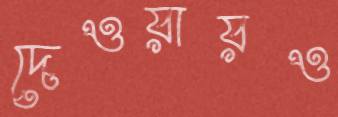
দেওয়ায়ও